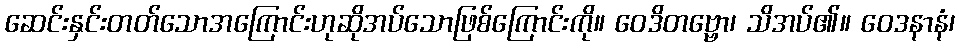
ဆေင်းနှင်းတတ်သောအကြောင်းဟုဆိုအပ်သောဖြစ်ကြောင်းကို။ ဝေဒိတဗ္ဗော၊ သိအပ်၏။ ဝေဒနာနံ၊